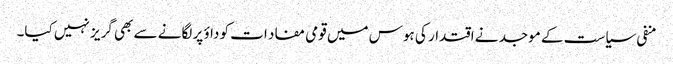
منفی سیاست کے موجد نے اقتدار کی ہوس میں قومی مفاد ات کو داؤ پر لگانے سے بھی گریز نہیں کیا۔